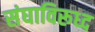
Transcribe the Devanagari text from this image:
संघाविरूध्द